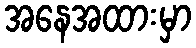
အနေအထားမှာ